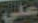
علي